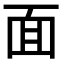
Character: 面